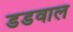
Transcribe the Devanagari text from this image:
डडवाल